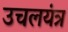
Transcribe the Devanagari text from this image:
उचलयंत्र